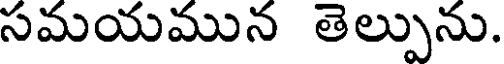
సమయమున తెల్పును.